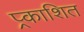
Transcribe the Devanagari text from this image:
प्र्काशित